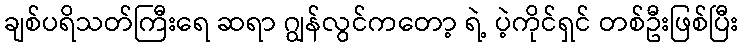
ချစ်ပရိသတ်ကြီးရေ ဆရာ ဂျွန်လွင်ကတော့ ရဲ့ ပဲ့ကိုင်ရှင် တစ်ဦးဖြစ်ပြီး